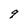
Character: q